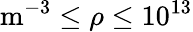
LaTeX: \mathrm{m}^{-3}\leq\rho\leq 10^{13}